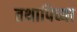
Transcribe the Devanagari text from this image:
तथापिच्या